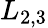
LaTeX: L_{2,3}